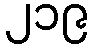
၂၁၉